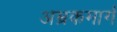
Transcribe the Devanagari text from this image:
अभ्रकमार्ग